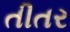
તીતર